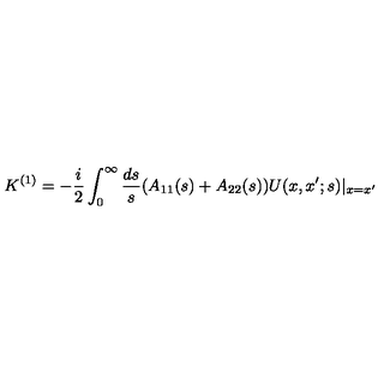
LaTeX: K ^ { ( 1 ) } = - \frac { i } { 2 } \int _ { 0 } ^ { \infty } \frac { d s } { s } ( A _ { 1 1 } ( s ) + A _ { 2 2 } ( s ) ) U ( x , x ^ { \prime } ; s ) | _ { x = x ^ { \prime } }